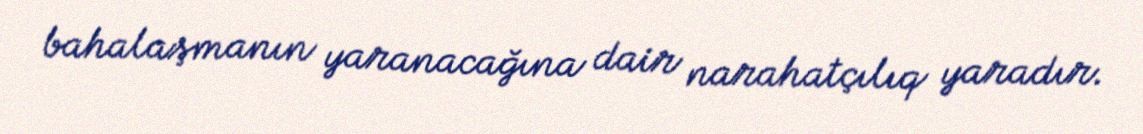
bahalaşmanın yaranacağına dair narahatçılıq yaradır.